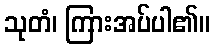
သုတံ၊ ကြားအပ်ပါ၏။